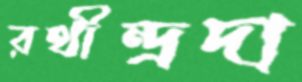
রথীন্দ্রদা